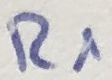
Text: R1